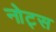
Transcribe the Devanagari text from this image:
नोट्‍स